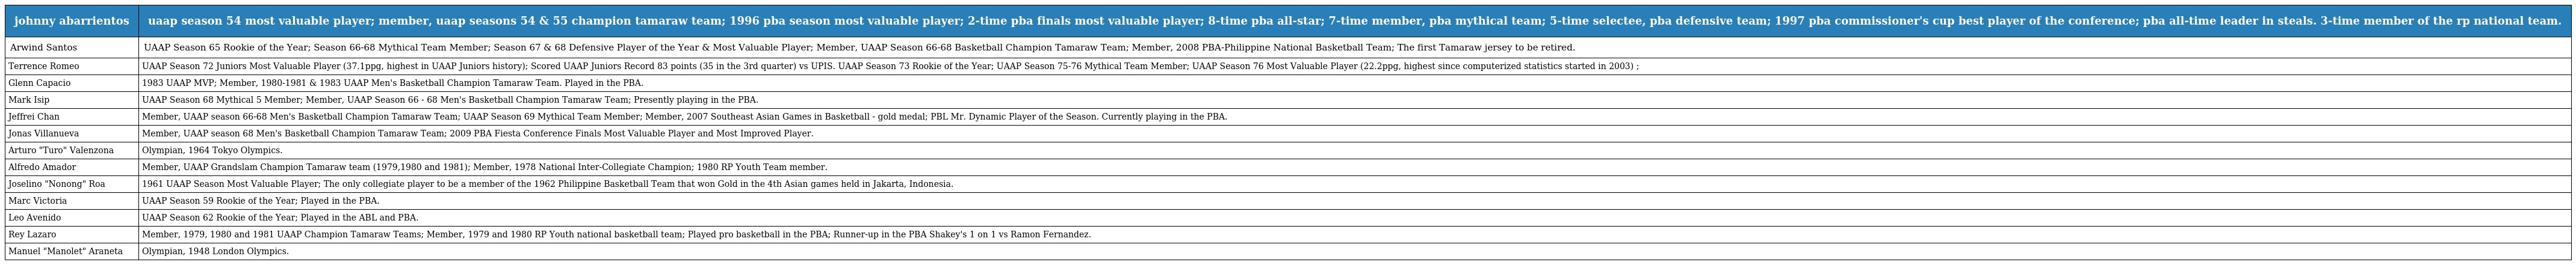
| johnny abarrientos | uaap season 54 most valuable player; member, uaap seasons 54 & 55 champion tamaraw team; 1996 pba season most valuable player; 2-time pba finals most valuable player; 8-time pba all-star; 7-time member, pba mythical team; 5-time selectee, pba defensive team; 1997 pba commissioner's cup best player of the conference; pba all-time leader in steals. 3-time member of the rp national team. |
 | --- | --- |
 | Arwind Santos | UAAP Season 65 Rookie of the Year; Season 66-68 Mythical Team Member; Season 67 & 68 Defensive Player of the Year & Most Valuable Player; Member, UAAP Season 66-68 Basketball Champion Tamaraw Team; Member, 2008 PBA-Philippine National Basketball Team; The first Tamaraw jersey to be retired. |
 | Terrence Romeo | UAAP Season 72 Juniors Most Valuable Player (37.1ppg, highest in UAAP Juniors history); Scored UAAP Juniors Record 83 points (35 in the 3rd quarter) vs UPIS. UAAP Season 73 Rookie of the Year; UAAP Season 75-76 Mythical Team Member; UAAP Season 76 Most Valuable Player (22.2ppg, highest since computerized statistics started in 2003) ; |
 | Glenn Capacio | 1983 UAAP MVP; Member, 1980-1981 & 1983 UAAP Men's Basketball Champion Tamaraw Team. Played in the PBA. |
 | Mark Isip | UAAP Season 68 Mythical 5 Member; Member, UAAP Season 66 - 68 Men's Basketball Champion Tamaraw Team; Presently playing in the PBA. |
 | Jeffrei Chan | Member, UAAP season 66-68 Men's Basketball Champion Tamaraw Team; UAAP Season 69 Mythical Team Member; Member, 2007 Southeast Asian Games in Basketball - gold medal; PBL Mr. Dynamic Player of the Season. Currently playing in the PBA. |
 | Jonas Villanueva | Member, UAAP season 68 Men's Basketball Champion Tamaraw Team; 2009 PBA Fiesta Conference Finals Most Valuable Player and Most Improved Player. |
 | Arturo "Turo" Valenzona | Olympian, 1964 Tokyo Olympics. |
 | Alfredo Amador | Member, UAAP Grandslam Champion Tamaraw team (1979,1980 and 1981); Member, 1978 National Inter-Collegiate Champion; 1980 RP Youth Team member. |
 | Joselino "Nonong" Roa | 1961 UAAP Season Most Valuable Player; The only collegiate player to be a member of the 1962 Philippine Basketball Team that won Gold in the 4th Asian games held in Jakarta, Indonesia. |
 | Marc Victoria | UAAP Season 59 Rookie of the Year; Played in the PBA. |
 | Leo Avenido | UAAP Season 62 Rookie of the Year; Played in the ABL and PBA. |
 | Rey Lazaro | Member, 1979, 1980 and 1981 UAAP Champion Tamaraw Teams; Member, 1979 and 1980 RP Youth national basketball team; Played pro basketball in the PBA; Runner-up in the PBA Shakey's 1 on 1 vs Ramon Fernandez. |
 | Manuel "Manolet" Araneta | Olympian, 1948 London Olympics. |